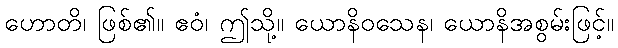
ဟောတိ၊ ဖြစ်၏။ ဧဝံ၊ ဤသို့။ ယောနိဝသေန၊ ယောနိအစွမ်းဖြင့်။